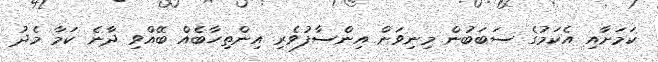
ކަމަށާއި އެކަމުގެ ސަބަބުން މިނިވަން އިންސާފުވެރި އިންތިހާބެއް ބޭއްވި ދާނެ ކަމާ މެދު